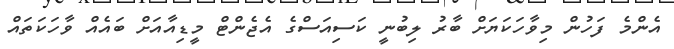
އެންމެ ފަހުން މިވާހަކަޔަށް ބާރު ލިބުނީ ކަސިއަސްގެ އެޖެންޓް މީޑިއާއަށް ބައެއް ވާހަކަތައް